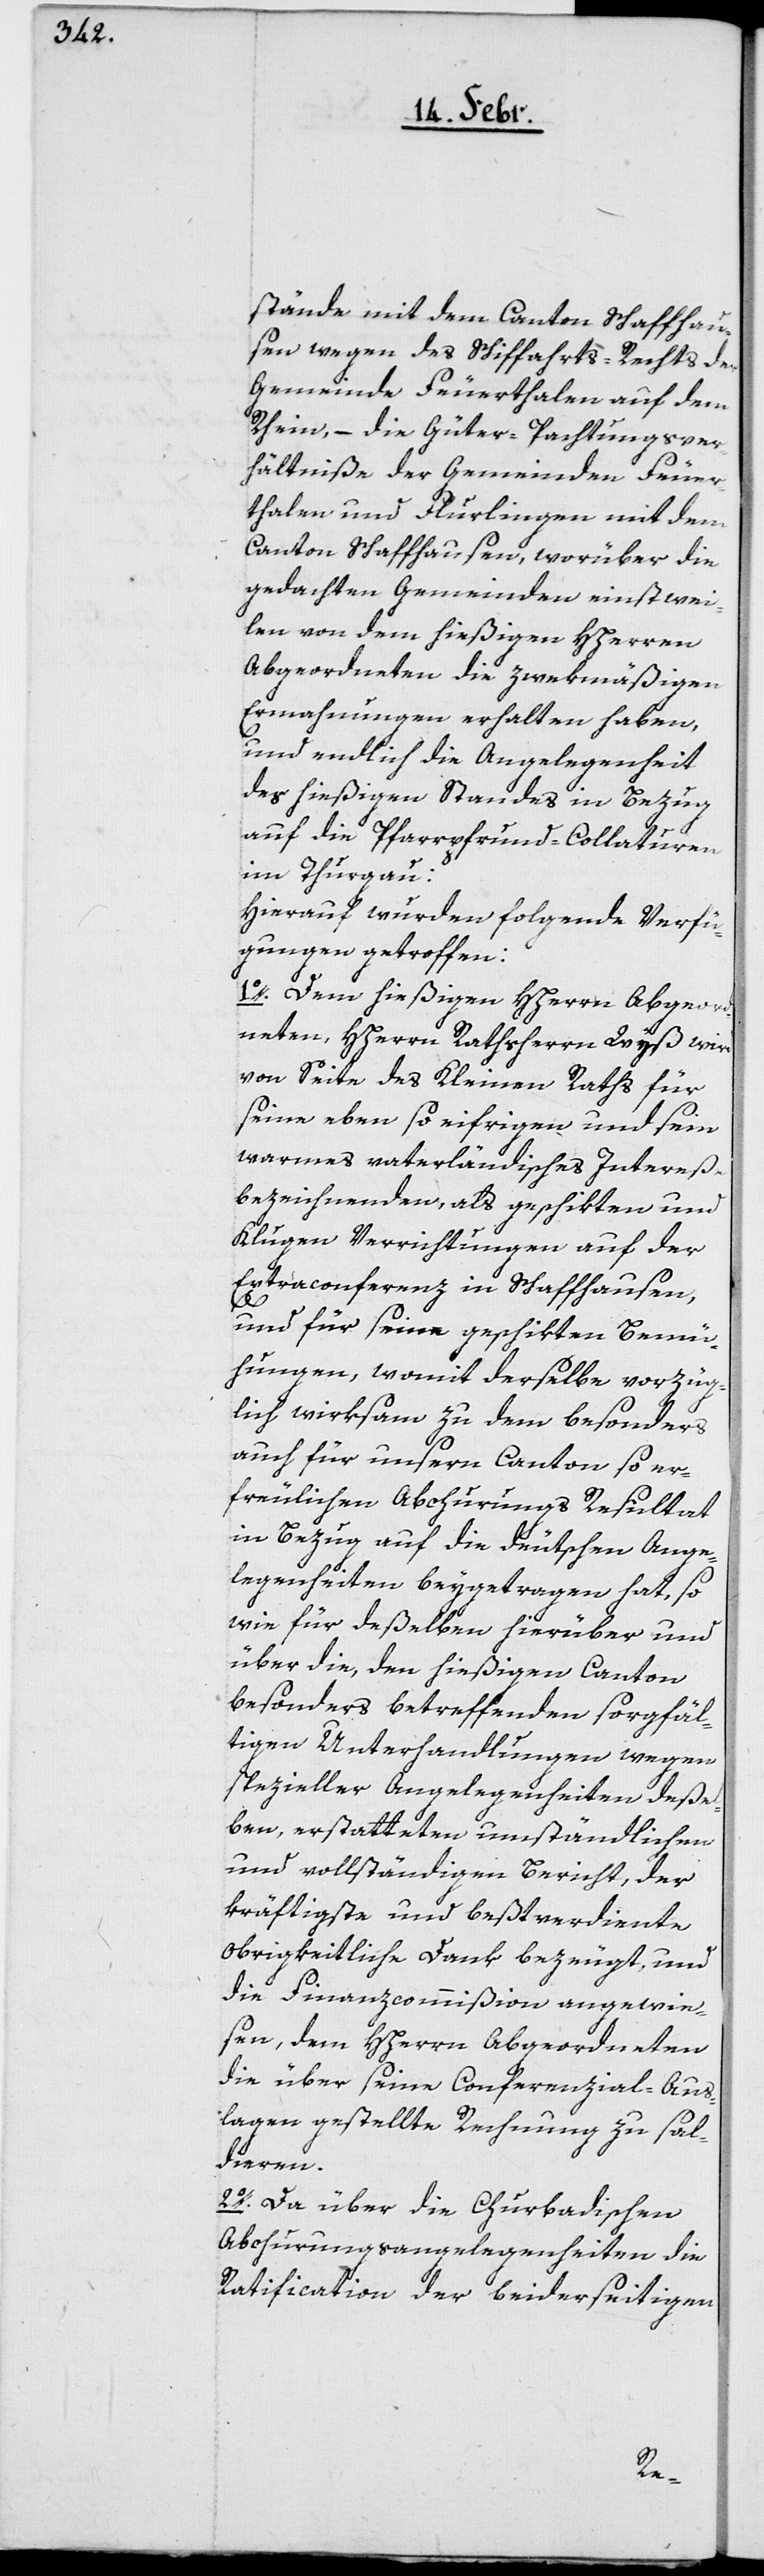
stände mit dem Canton Schaffhau¬
sen wegen des Schiffahrts-Rechts der
Gemeinde Feuerthalen auf dem
Rhein, – die Güter-Pachtungsver¬
hältniße der Gemeinden Feuer¬
thalen und Flurlingen mit dem
Canton Schaffhausen, worüber die
gedachten Gemeinden einstwei¬
len von dem hießigen HHerren
Abgeordneten die zwekmäßigen
Ermahnungen erhalten haben,
und endlich die Angelegenheit
des hießigen Standes in Bezug
auf die Pfarrpfrund-Collaturen
im Thurgau:
Hierauf wurden folgende Verfü¬
gungen getroffen:
1o. Dem hießigen HHerrn Abgeord¬
neten, HHerrn Rathsherrn Wyß wird
von Seite des Kleinen Raths für
seine eben so eifrigen und sein
warmes vaterländisches Intereße
bezeichnenden, als geschikten und
Klugen Verrichtungen auf der
Extraconferenz in Schaffhausen,
und für seine geschikten Bemü¬
hungen, womit derselbe vorzüg¬
lich wirksam zu dem besonders
auch für unsern Canton so er¬
freulichen Abchurungs Resultat
in Bezug auf die deutschen Ange¬
legenheiten beygetragen hat, so
wie für deßelben hierüber und
über die, den hießigen Canton
besonders betreffenden sorgfäl¬
tigen Unterhandlungen wegen
spezieller Angelegenheiten deßel¬
ben, erstatteten umständlichen
und vollständigen Bericht, der
kräftigste und beßtverdiente
obrigkeitliche Dank bezeugt, und
die Finanzcommißion angewie¬
sen, dem HHerrn Abgeordneten
die über seine Conferenzial-Aus¬
lagen gestellte Rechnung zu sal¬
dieren.
2o. Da über die Churbadischen
Abchurungsangelegenheiten die
Ratification der beiderseitigen